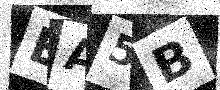
Text: EA5B